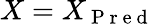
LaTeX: X=X_{\mathrm{~P~r~e~d~}}